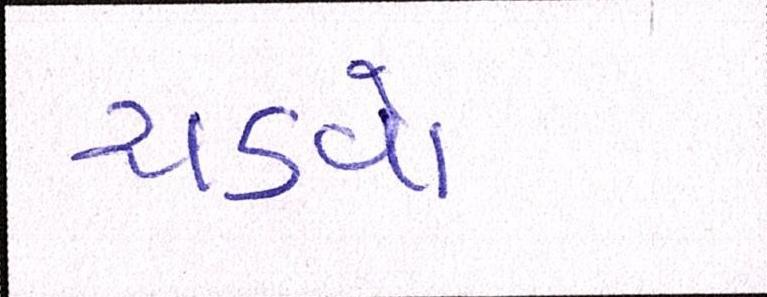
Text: ચડવો